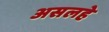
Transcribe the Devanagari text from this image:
असलहे